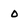
Character: o